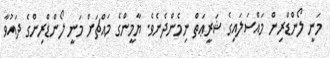
މަނީ ލޯންޑްރިން މައްސަލައިގެ ޝަރީޢަތް ނިމެންދެނެވެ. ޔާމީންގެ މައްޗަށް މަނީ ލޯންޑްރިންގެ ދައުވާ